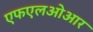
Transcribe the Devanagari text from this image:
एफएलओआर